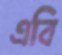
এবি